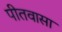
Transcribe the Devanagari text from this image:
पीतवासा